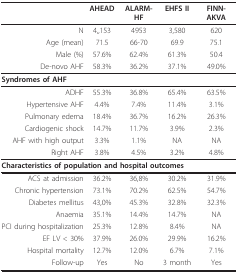
<table><thead><tr><td>[EMPTY_CELL]</td><td><b>AHEAD</b></td><td><b>ALARM-HF</b></td><td><b>EHFS II</b></td><td><b>FINN-AKVA</b></td></tr></thead><tbody><tr><td>N</td><td>4,,153</td><td>4953</td><td>3,580</td><td>620</td></tr><tr><td>Age (mean)</td><td>71.5</td><td>66-70</td><td>69.9</td><td>75.1</td></tr><tr><td>Male (%)</td><td>57.6%</td><td>62.4%</td><td>61.3%</td><td>50.4</td></tr><tr><td>De-novo AHF</td><td>58.3%</td><td>36.2%</td><td>37.1%</td><td>49.0%</td></tr><tr><td colspan="5"><b>Syndromes of AHF</b></td></tr><tr><td>ADHF</td><td>55.3%</td><td>36.8%</td><td>65.4%</td><td>63.5%</td></tr><tr><td>Hypertensive AHF</td><td>4.4%</td><td>7.4%</td><td>11.4%</td><td>3.1%</td></tr><tr><td>Pulmonary edema</td><td>18.4%</td><td>36.7%</td><td>16.2%</td><td>26.3%</td></tr><tr><td>Cardiogenic shock</td><td>14.7%</td><td>11.7%</td><td>3.9%</td><td>2.3%</td></tr><tr><td>AHF with high output</td><td>3.3%</td><td>1.1%</td><td>NA</td><td>NA</td></tr><tr><td>Right AHF</td><td>3.8%</td><td>4.5%</td><td>3.2%</td><td>4.8%</td></tr><tr><td colspan="5"><b>Characteristics of population and hospital outcomes</b></td></tr><tr><td>ACS at admission</td><td>36.2%</td><td>36,8%</td><td>30.2%</td><td>31.9%</td></tr><tr><td>Chronic hypertension</td><td>73.1%</td><td>70.2%</td><td>62.5%</td><td>54.7%</td></tr><tr><td>Diabetes mellitus</td><td>43,0%</td><td>45.3%</td><td>32.8%</td><td>32.3%</td></tr><tr><td>Anaemia</td><td>35.1%</td><td>14.4%</td><td>14.7%</td><td>NA</td></tr><tr><td>PCI during hospitalization</td><td>25.3%</td><td>12.8%</td><td>8.4%</td><td>NA</td></tr><tr><td>EF LV &lt; 30%</td><td>37.9%</td><td>26.0%</td><td>29.9%</td><td>16.2%</td></tr><tr><td>Hospital mortality</td><td>12.7%</td><td>12.0%</td><td>6.7%</td><td>7.1%</td></tr><tr><td>Follow-up</td><td>Yes</td><td>No</td><td>3 month</td><td>Yes</td></tr></tbody></table>